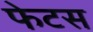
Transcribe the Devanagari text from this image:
फेटस